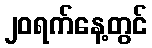
၂၀ရက်နေ့တွင်